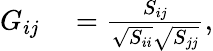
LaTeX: \begin{array}{rl}{G_{ij}}&{{}=\frac{S_{ij}}{\sqrt{S_{ii}}\sqrt{S_{jj}}},}\end{array}